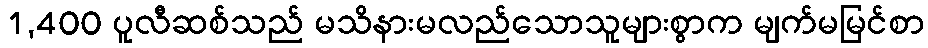
1,400 ပူလီဆစ်သည် မသိနားမလည်သောသူများစွာက မျက်မမြင်စာ